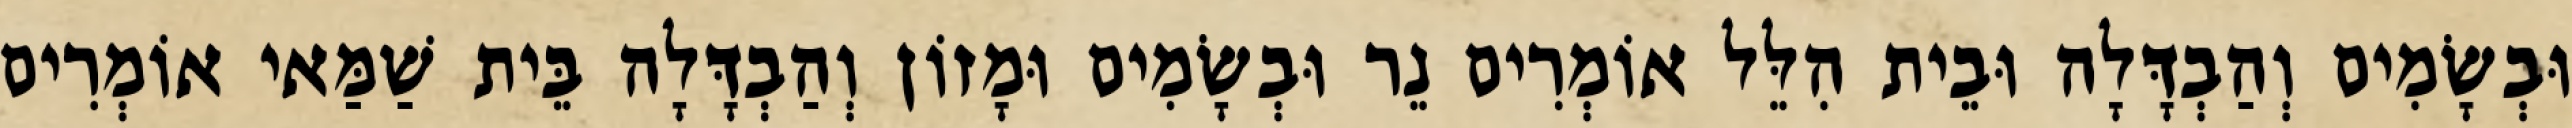
וּבְשָׂמִים וְהַבְדָּלָה וּבֵית הִלֵּל אוֹמְרִים נֵר וּבְשָׂמִים וּמָזוֹן וְהַבְדָּלָה בֵּית שַׁמַּאי אוֹמְרִים